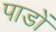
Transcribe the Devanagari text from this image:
पाडों